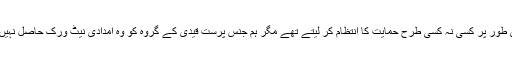
حالانکہ ہم جنس پرست قیدی انفرادی طور پر کسی نہ کسی طرح حمایت کا انتظام کر لیتے تھے مگر ہم جنس پرست قیدی کے گروہ کو وہ امدادی نیٹ ورک حاصل نہیں تھا جو دیگر گروہوں کو حاصل تھا۔